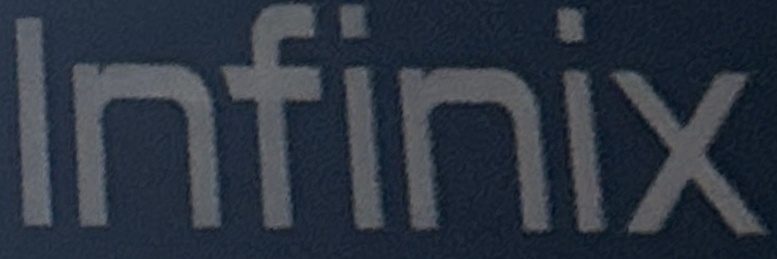
Infinix